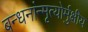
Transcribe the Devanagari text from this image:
बन्धनांन्मृत्योर्मुक्षीय